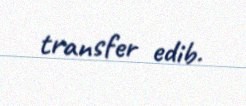
transfer edib.